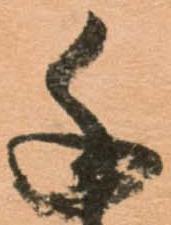
千